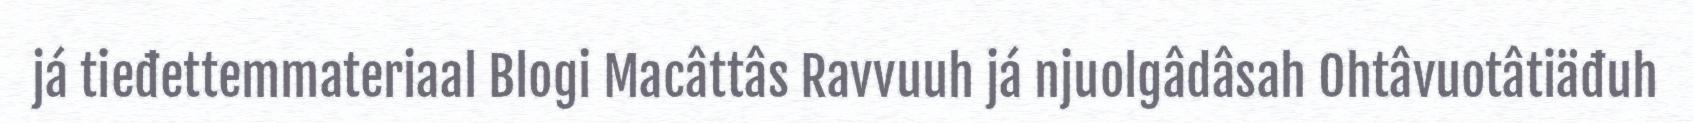
já tieđettemmateriaal Blogi Macâttâs Ravvuuh já njuolgâdâsah Ohtâvuotâtiäđuh